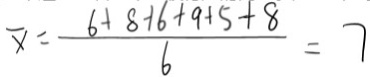
\overline { x } = \frac { 6 + 8 + 6 + 9 + 5 + 8 } { 6 } = 7